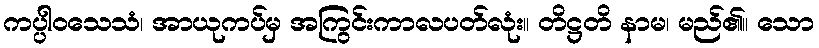
ကပ္ပါဝသေသံ၊ အာယုကပ်မှ အကြွင်းကာလပတ်လုံး။ တိဋ္ဌတိ နာမ၊ မည်၏။ သော